Development of the parasite of Indian kala azar - Number 53
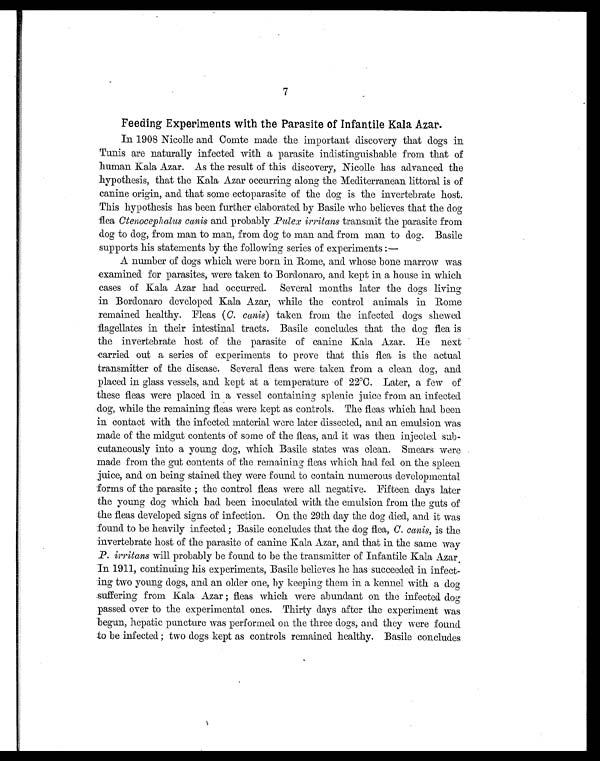
7
Feeding Experiments with the Parasite of Infantile Kala Azar.
In 1908 Nicolle and Comte made the important discovery that dogs in
Tunis are naturally infected with a parasite indistinguishable from that of
human Kala Azar. As the result of this discovery, Nicolle has advanced the
hypothesis, that the Kala Azar occurring along the Mediterranean littoral is of
canine origin, and that some ectoparasite of the dog is the invertebrate host.
This hypothesis has been further elaborated by Basile who believes that the dog
flea Ctenocephalus canis and probably Pulex irritans transmit the parasite from
dog to dog, from man to man, from dog to man and from man to dog. Basile
supports his statements by the following series of experiments :—
A number of dogs which were born in Rome, and whose bone marrow was
examined for parasites, were taken to Bordonaro, and kept in a house in which
cases of Kala Azar had occurred. Several months later the dogs living
in Bordonaro developed Kala Azar, while the control animals in Rome
remained healthy. Fleas (C. canis) taken from the infected dogs shewed
flagellates in their intestinal tracts. Basile concludes that the dog flea is
the invertebrate host of the parasite of canine Kala Azar. He next
carried out a series of experiments to prove that this flea is the actual
transmitter of the disease. Several fleas were taken from a clean dog, and
placed in glass vessels, and kept at a temperature of 22°C. Later, a few of
these fleas were placed in a vessel containing splenic juice from an infected
dog, while the remaining fleas were kept as controls. The fleas which had been
in contact with the infected material were later dissected, and. an emulsion was
made of the midgut contents of some of the fleas, and it was then injected sub-
cutaneously into a young dog, which Basile states was clean. Smears were
made from the gut contents of the remaining fleas which had fed on the spleen
juice, and on being stained. they were found to contain numerous developmental
forms of the parasite ; the control fleas were all negative. Fifteen days later
the young dog which had been inoculated with the emulsion from the guts of
the fleas developed signs of infection. On the 29th day the dog died, and it was
found to be heavily infected ; Basile concludes that the dog flea, C. canis, is the
invertebrate host of the parasite of canine Kala Azar, and that in the same way
P. irritans will probably be found to be the transmitter of Infantile Kala Azar.
In 1911, continuing his experiments, Basile believes he has succeeded in infect-
ing two young dogs, and an older one, by keeping them in a kennel with a dog
suffering from Kala Azar ; fleas which were abundant on the infected dog
passed over to the experimental ones. Thirty days after the experiment was
begun, hepatic puncture was performed on the three dogs, and they were found
to be infected ; two dogs kept as controls remained healthy. Basile concludes